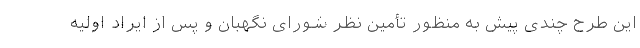
این طرح چندی پیش به منظور تأمین نظر شورای نگهبان و پس از ایراد اولیه